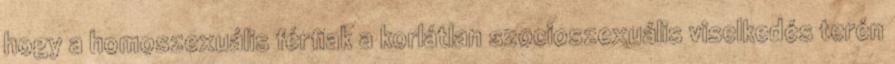
hogy a homoszexuális férﬁak a korlátlan szocioszexuális viselkedés terén